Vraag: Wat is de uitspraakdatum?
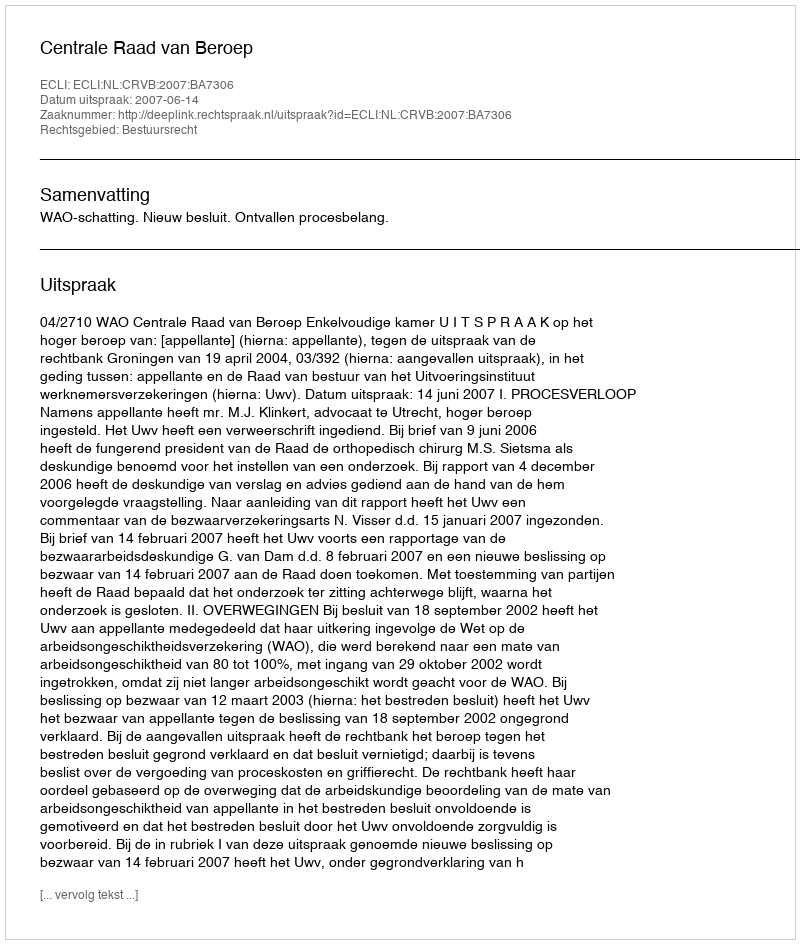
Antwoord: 2007-06-14